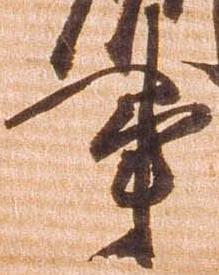
事